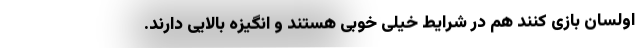
اولسان بازی کنند هم در شرایط خیلی خوبی هستند و انگیزه بالایی دارند.